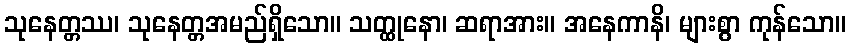
သုနေတ္တဿ၊ သုနေတ္တအမည်ရှိသော။ သတ္ထုနော၊ ဆရာအား။ အနေကာနိ၊ များစွာ ကုန်သော။